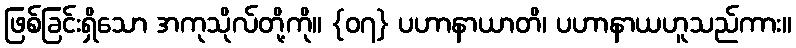
ဖြစ်ခြင်းရှိသော အကုသိုလ်တို့ကို။ {၀၇} ပဟာနာယာတိ၊ ပဟာနာယဟူသည်ကား။